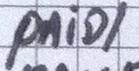
PniD/